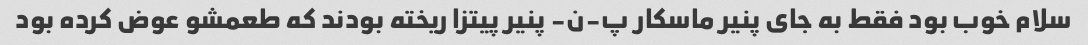
سلام خوب بود فقط به جای پنیر ماسکار پ-ن- پنیر پیتزا ریخته بودند که طعمشو عوض کرده بود